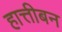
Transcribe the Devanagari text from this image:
हात्तीबन